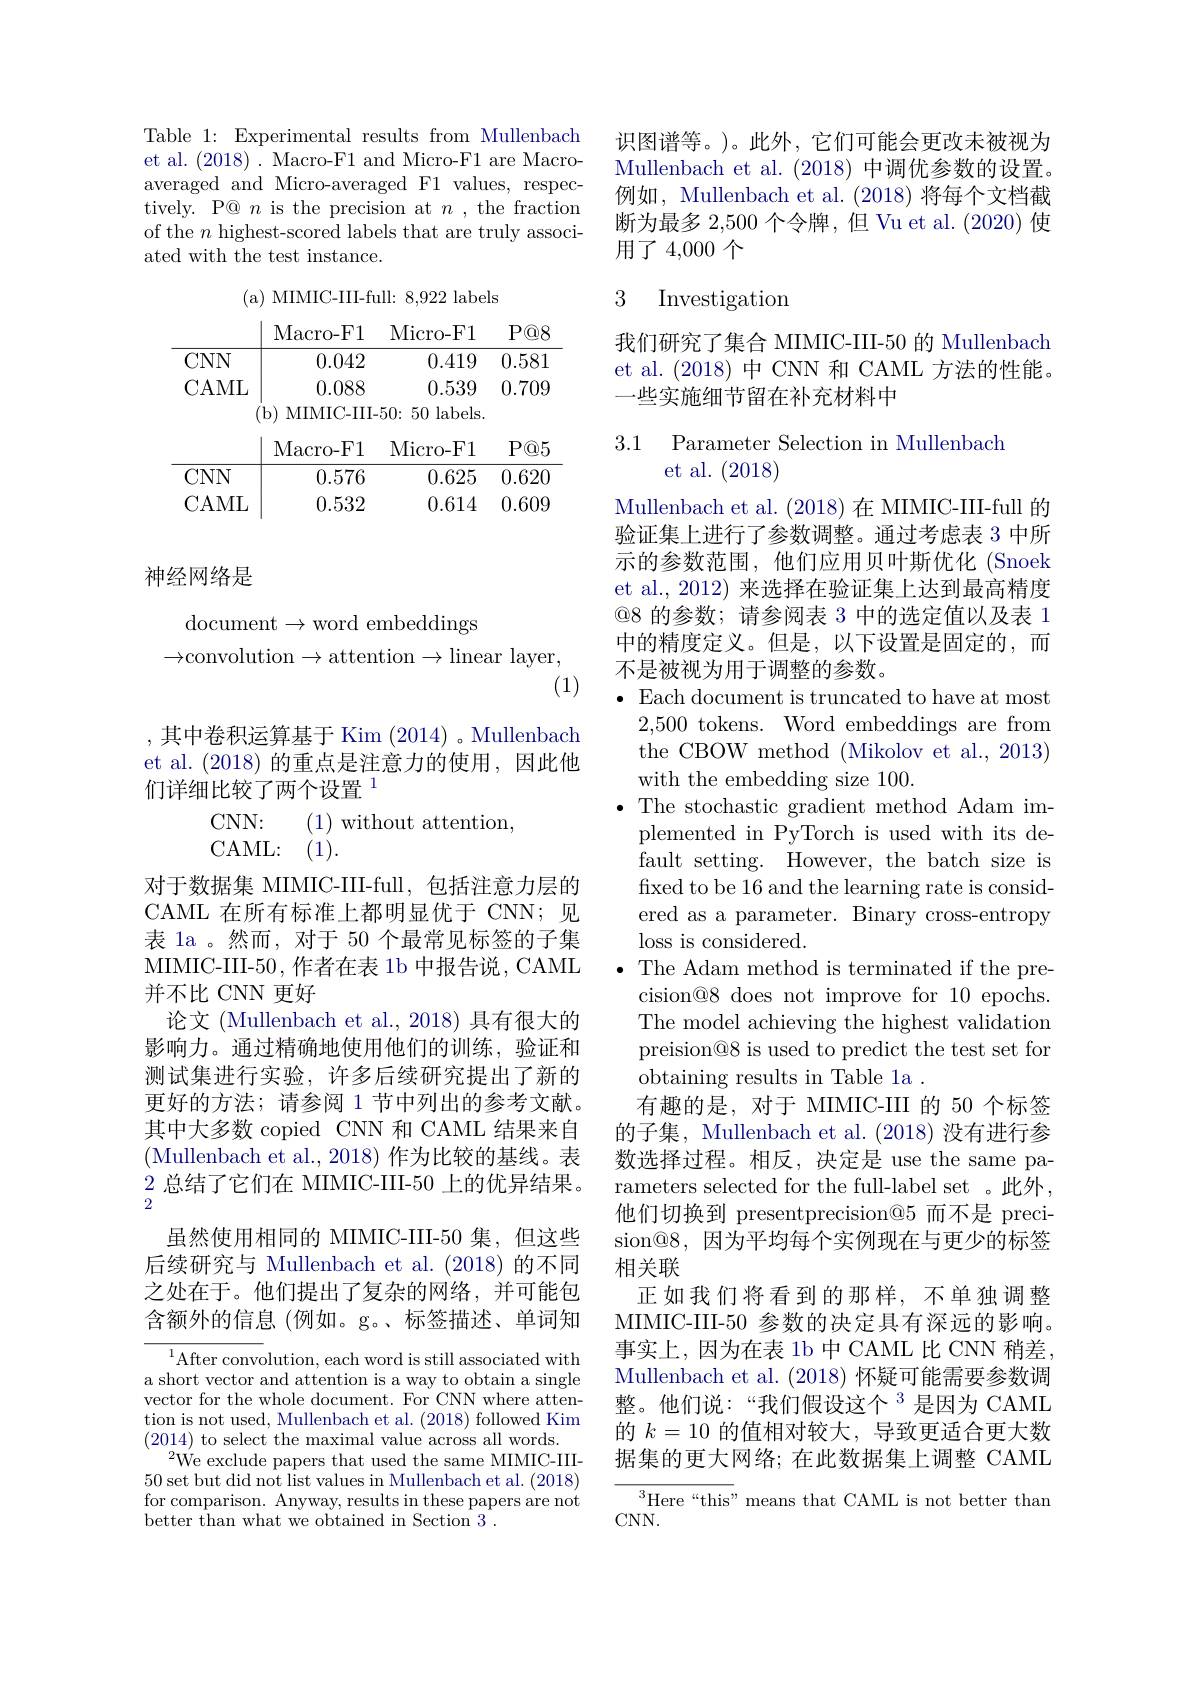
Table 1: Experimental results from Mullenbach et al. (2018). Macro-F1 and Micro-F1 are Macroaveraged and Micro-averaged F1 values, respectively. P@ $n$ is the precision at $n$ , the fraction of the $n$ highest-scored labels that are truly associated with the test instance.

( a) MIMIC- III- full: 8, 922 labels
Macro-F1 Micro-F1 P@8
0.042
$\overline{\text{CNN}}$
0.419 0.5810.539 0.709
CAML
0.088
( b) MIMIC- III- 50: 50 labels. Macro-F1 Micro-F1
$P@5$
$\overline{\text{CNN}}$
$\overline{0.576}$
${\overline{0.625\:0.620}}$
$CAML$
0.532
0.614 0.609

神经网络是

document$\to$word embeddings
${\rightarrow}$convolution$\rightarrow$attention$\rightarrow$linear layer,

(1)

,其中卷积运算基于 Kim (2014) 。Mullenbach et al. (2018)的重点是注意力的使用，因此他们详细比较了两个设置$^{1}$

$\begin{array}{lll}{\mathrm{CNN:}}&{(1)\mathrm{~without~attention,}}\\{\mathrm{CAML:}}&{(1).}\end{array}$
对于数据集 MIMIC-III-full,包括注意力层的CAML 在所有标准上都明显优于 CNN;见表 1a 。然而，对于 50 个最常见标签的子集MIMIC-III-50,作者在表 1b 中报告说，CAML 并不比 CNN 更好
论文 (Mullenbach et al., 2018) 具有很大的影响力。通过精确地使用他们的训练，验证和测试集进行实验，许多后续研究提出了新的更好的方法；请参阅 1 节中列出的参考文献。其中大多数 copied CNN 和 CAML 结果来自(Mullenbach et al., 2018) 作为比较的基线。表2总结了它们在 MIMIC-III-50 上的优异结果。2
虽然使用相同的 MIMIC-III-50 集，但这些后续研究与 Mullenbach et al. (2018) 的不同之处在于。他们提出了复杂的网络，并可能包含额外的信息(例如。g。、标签描述、单词知

$^{1}$After convolution, each word is still associated with a short vector and attention is a way to obtain a single vector for the whole document. For CNN where attention is not used, Mullenbach et al. (2018) followed Kim (2014) to select the maximal value across all words.
$^{2}$We exclude papers that used the same MIMIC-III- 50 set but did not list values in Mullenbach et al. (2018) for comparison. Anyway, results in these papers are not better than what we obtained in Section 3 .

识图谱等。)。此外，它们可能会更改未被视为Mullenbach et al. (2018)中调优参数的设置。例如，Mullenbach et al. (2018) 将每个文档截断为最多 2,500 个令牌，但 Vu et al. (2020) 使用了 4,000 个

## 3 Investigatiom

我们研究了集合 MIMIC-III-50 的 Mullenbach et al.(2018)中 CNN 和 CAML 方法的性能。一些实施细节留在补充材料中

3.1 Parameter Selection in Mullenbach
et al. (2018)

Mullenbach et al. (2018)在 MIMIC-III-full 的验证集上进行了参数调整。通过考虑表 3 中所示的参数范围，他们应用贝叶斯优化 (Snoek et al., 2012) 来选择在验证集上达到最高精度@8 的参数；请参阅表 3 中的选定值以及表 1中的精度定义。但是，以下设置是固定的，而不是被视为用于调整的参数。
$\bullet$ Each document is truncated to have at most
2,500 tokens. Word embeddings are from the CBOW method (Mikolov et al., 2013) with the embedding size 100.
$\bullet$The stochastic gradient method Adam im-
plemented in PyTorch is used with its default setting. However, the batch size is fixed to be 16 and the learning rate is considered as a parameter. Binary cross-entropy loss is considered.
The Adam method is terminated if the precision@8 does not improve for 10 epochs. The model achieving the highest validation preision@8 is used to predict the test set for obtaining results in Table la .
有趣的是，对于 MIMIC-III 的 50 个标签的子集，Mullenbach et al. (2018) 没有进行参数选择过程。相反，决定是 use the same parameters selected for the full-label set 。此外， 他们切换到 presentprecision@5 而不是 precision@8,因为平均每个实例现在与更少的标签相关联
正如我们将看到的那样，不单独调整MIMIC-III-50 参数的决定具有深远的影响。事实上，因为在表 1b 中 CAML 比 CNN 稍差， Mullenbach et al. (2018)怀疑可能需要参数调整。他们说：“我们假设这个“我们假设这个”是因为 CAML 的$k=10$的值相对较大，导致更适合更大数据集的更大网络；在此数据集上调整 CAML
$^3$Here“this” means that CAML is not better than

CNN.